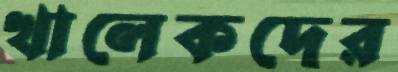
খালেকদের